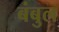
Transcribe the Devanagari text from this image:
बंबुल